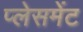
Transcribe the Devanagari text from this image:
प्‍लेसमेंट